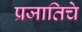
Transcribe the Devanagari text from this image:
प्रजातिचे